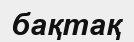
бақтақ